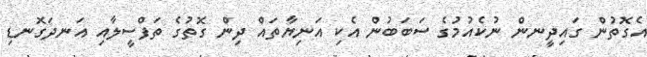
އެގޮތުން ގައިދީނން ނުކެއުމުގެ ސަބަބުން އެކި އަނިޔާތައް ދިން ގޮތުގެ ތަފްސީލާއި އަނދަގޮނޑި